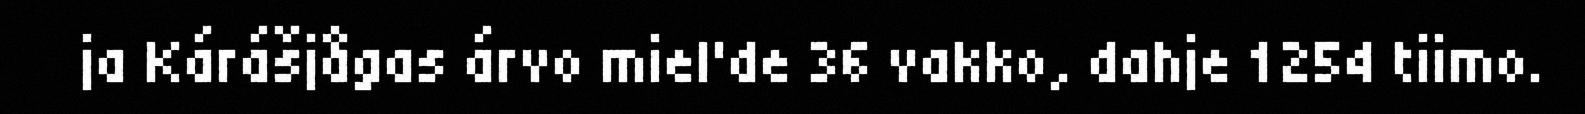
ja Kárášjågas árvo miel'de 36 vakko, dahje 1254 tiimo.